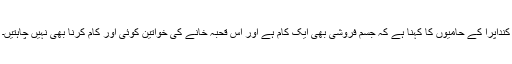
کنداپرا کے حامیوں کا کہنا ہے کہ جسم فروشی بھی ایک کام ہے اور اس قحبہ خانے کی خواتین کوئی اور کام کرنا بھی نہیں چاہتیں۔